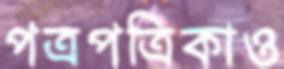
পত্রপত্রিকাও